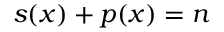
s ( x ) + p ( x ) = n